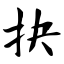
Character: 抉